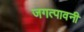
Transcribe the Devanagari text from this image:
जगत्पावनी